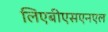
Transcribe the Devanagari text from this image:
लिएबीएसएनएल